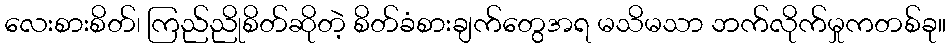
လေးစားစိတ်၊ ကြည်ညိုစိတ်ဆိုတဲ့ စိတ်ခံစားချက်တွေအရ မသိမသာ ဘက်လိုက်မှုကတစ်ခု။